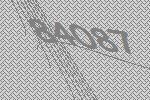
84087